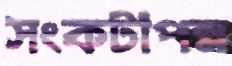
সংকটাপন্ন